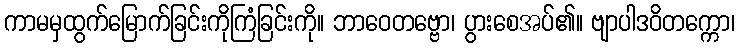
ကာမမှထွက်မြောက်ခြင်းကိုကြံခြင်းကို။ ဘာဝေတဗ္ဗော၊ ပွားစေအပ်၏။ ဗျာပါဒဝိတက္ကော၊